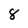
Character: 8